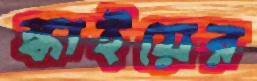
স্কাইয়ের